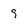
Character: 9